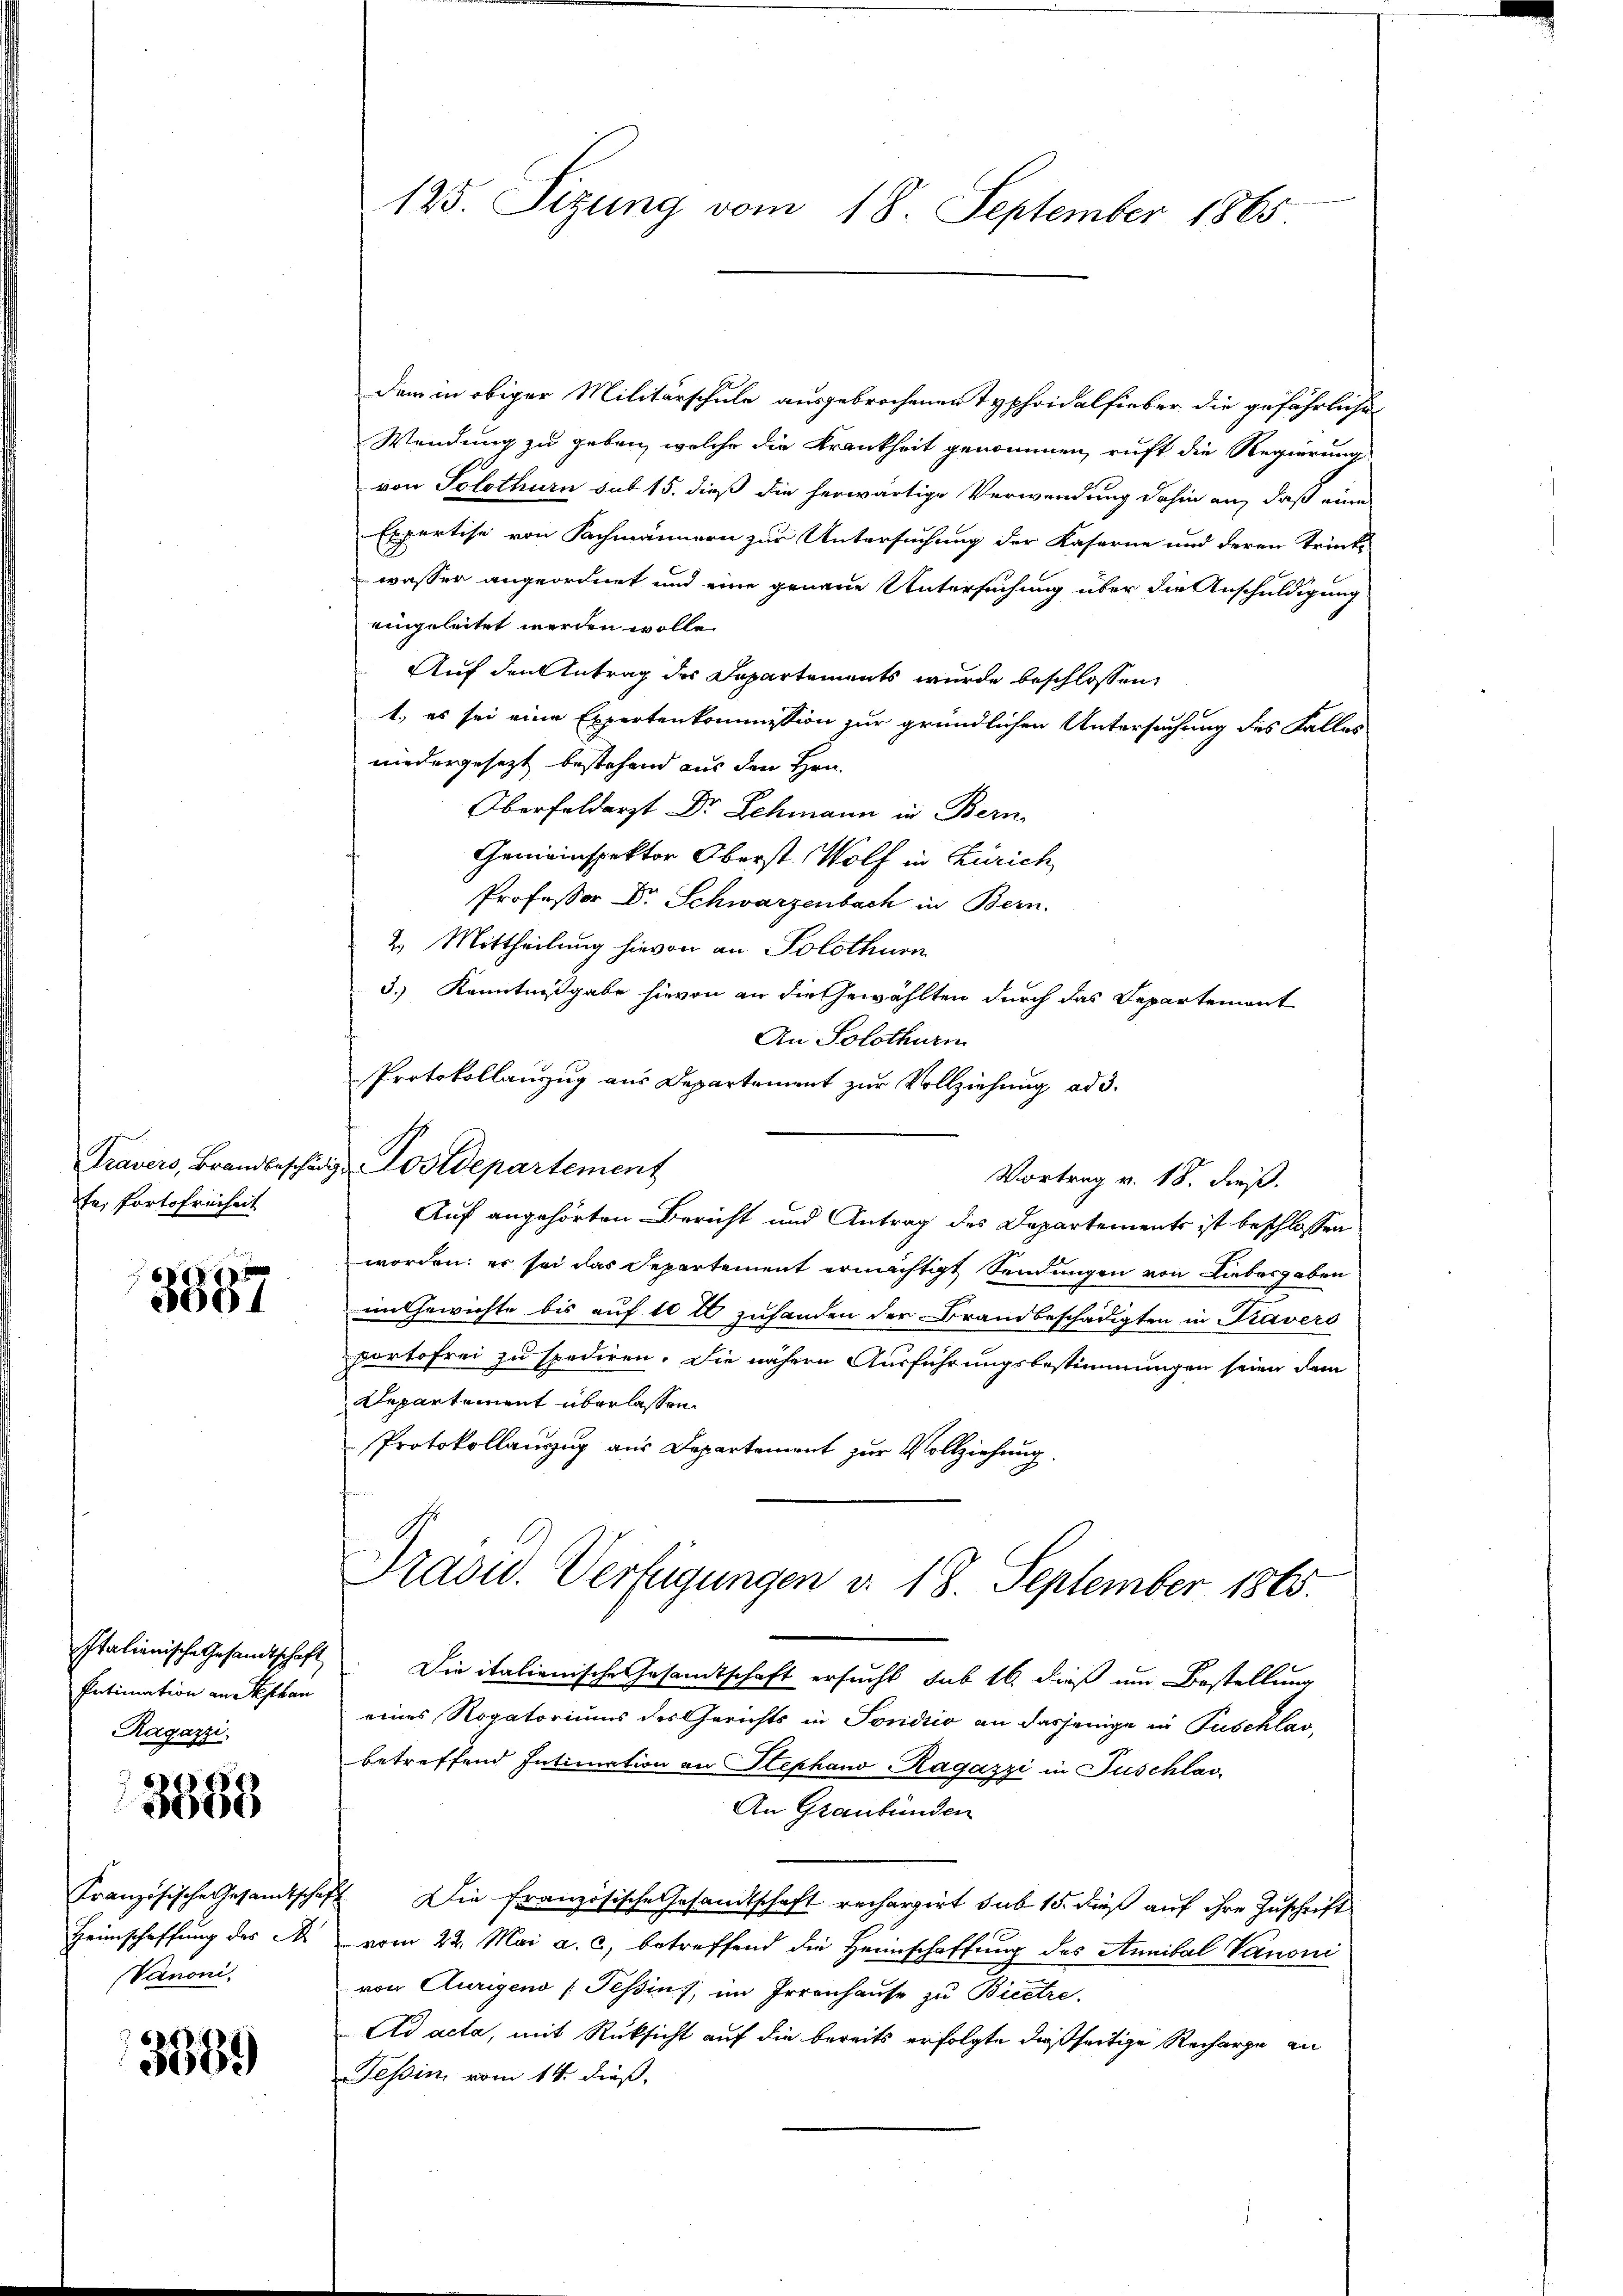
te, Portofreiheit

5557

Intimation an Stephan
Ragazzi.

3388

Französische Gesamtsche
Heimschaffung des A
Vanoni

3689)

125. Sizung vom 18. September 1865.

dem in obiger Militärschule ausgebrochenen Typhoidalfieber die gefährliche
Wendung zu geben, welche die Krankheit genommen, ruft die Regierungs-
von Solothurn sub 15. dieß die herwärtige Verwendung dahin an, daß eine
Expertise von Sachmännern zur Untersuchung der Kaserne und deren Trink-
wasser angeordnet und eine genaue Untersuchung über die Anschuldigung
eingeleitet werden wolle.
Auf den Antrag der Departements wurde beschlossen,
1. es sei eine Expertenkommission zur gründlichen Untersuchung des Falles
niedergesetzt bestehend aus den Hrn.
Oberfeldarzt Dr. Schmann in Bern
Gemeinspektor Oberst. Wolf in Zürich
Professor Dr. Schwarzenbach in Bern.
2. Mittheilung hievon an Solothurn
3.) Kenntnißgabe hievon an die Gewählten durch das Departement
An Solothurn
Protokollanzug aus Departement zur Vollziehung ad 3.
Travers, Brandbeschädig Postdepartement
Vortrag v. 18. dieß.
Auf angehörten Bericht und Antrag des Departements ist beschlossen
worden; er sei das Departement ermächtigt Sendungen von Liebesgaben
im Gewichte bis auf 10 fl zuhanden der Brandbeschädigten in Kravers
portofrei zu spediren. Die nähere Ausführungsbestimmungen seien dem
Departement überlassen.
Protokollauszug aus Departement zur Vollziehung.
Präsid. Verfügungen d. 18. September 1865.
Italienische Gesandtschaft. Die italienische Gesamtschaft ersucht sub 16. dieß um Bestellung
eines Rogatoriums des Gerichts in Tondico an dasjenige in Puschlas,
betreffend Intimation an Stephano Ragazzi in Puschlas
An Graubünden
 Die französische Gesandtschaft rechargirt sub 15. dieß auf ihre Zuschrift
vom 22. Mai a. c., betreffend die Heimschaffung des Annibal Vanoni
von Aurigend (Tessins, im Irrenhause zu Bicetre
Ad acta, mit Rüksicht auf die bereits erfolgte dießseitige Recharge an
Tessin vom 14. dieß.